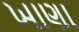
ખાણા